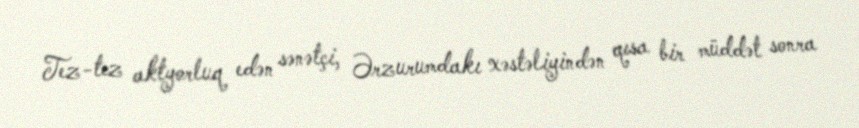
Tez-tez aktyorluq edən sənətçi, Ərzurumdakı xəstəliyindən qısa bir müddət sonra